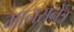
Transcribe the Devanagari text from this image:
मानसनेत्र